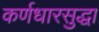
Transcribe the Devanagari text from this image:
कर्णधारसुद्धा